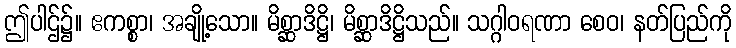
ဤပါဌ်၌။ ဧကစ္စာ၊ အချို့သော။ မိစ္ဆာဒိဋ္ဌိ၊ မိစ္ဆာဒိဋ္ဌိသည်။ သဂ္ဂါဝရဏာ စေဝ၊ နတ်ပြည်ကို